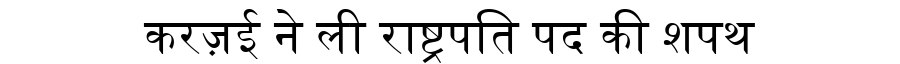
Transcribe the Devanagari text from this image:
करज़ई ने ली राष्ट्रपति पद की शपथ